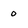
Character: 0